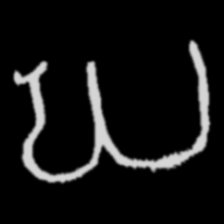
Pyu character \u2014 Myanmar letter: ဃ (romanized: gha)